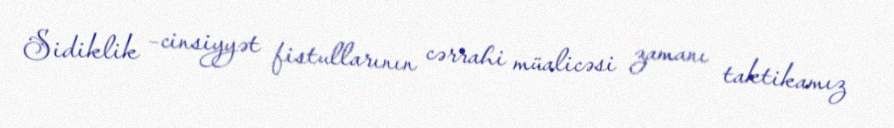
Sidiklik –cinsiyyət fistullarının cərrahi müalicəsi zamanı taktikamız